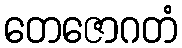
တေဇောဂတံ